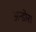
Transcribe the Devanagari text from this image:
अन्डोरा